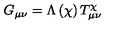
G _ { \mu \nu } = \Lambda \left( \chi \right) T _ { \mu \nu } ^ { \chi }